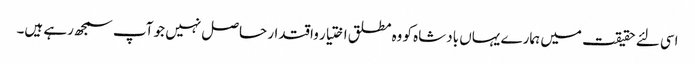
اسی لئے حقیقت میں ہمارے یہاں بادشاه کو وه مطلق اختیار واقتدار حاصل نہیں جو آپ سمجھ رہے ہیں۔